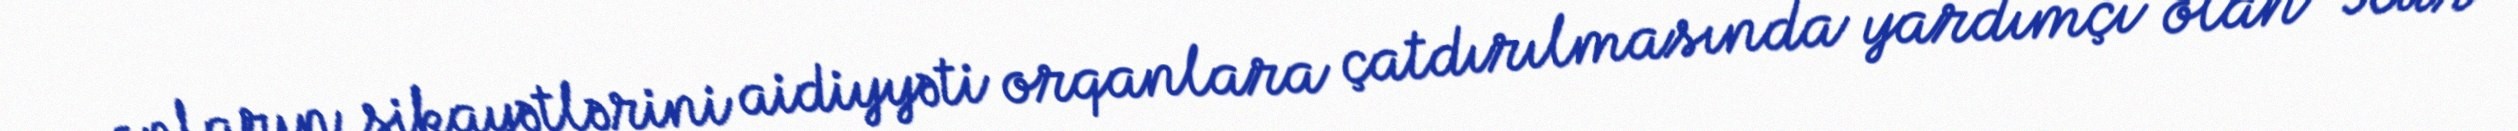
onların şikayətlərini aidiyyəti orqanlara çatdırılmasında yardımçı olan ”Kür"